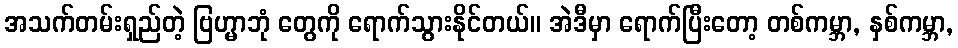
အသက်တမ်းရှည်တဲ့ ဗြဟ္မာဘုံ တွေကို ရောက်သွားနိုင်တယ်။ အဲဒီမှာ ရောက်ပြီးတော့ တစ်ကမ္ဘာ, နှစ်ကမ္ဘာ,